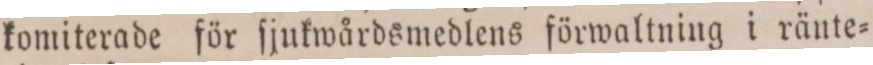
komiterade för ſjukwårdsmedlens förwaltning i ränte=